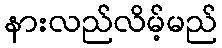
နားလည်လိမ့်မည်